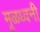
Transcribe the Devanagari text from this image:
मूळध्वनी